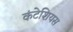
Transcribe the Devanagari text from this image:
कंटेशियस